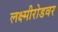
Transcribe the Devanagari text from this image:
लक्ष्मीरोडवर